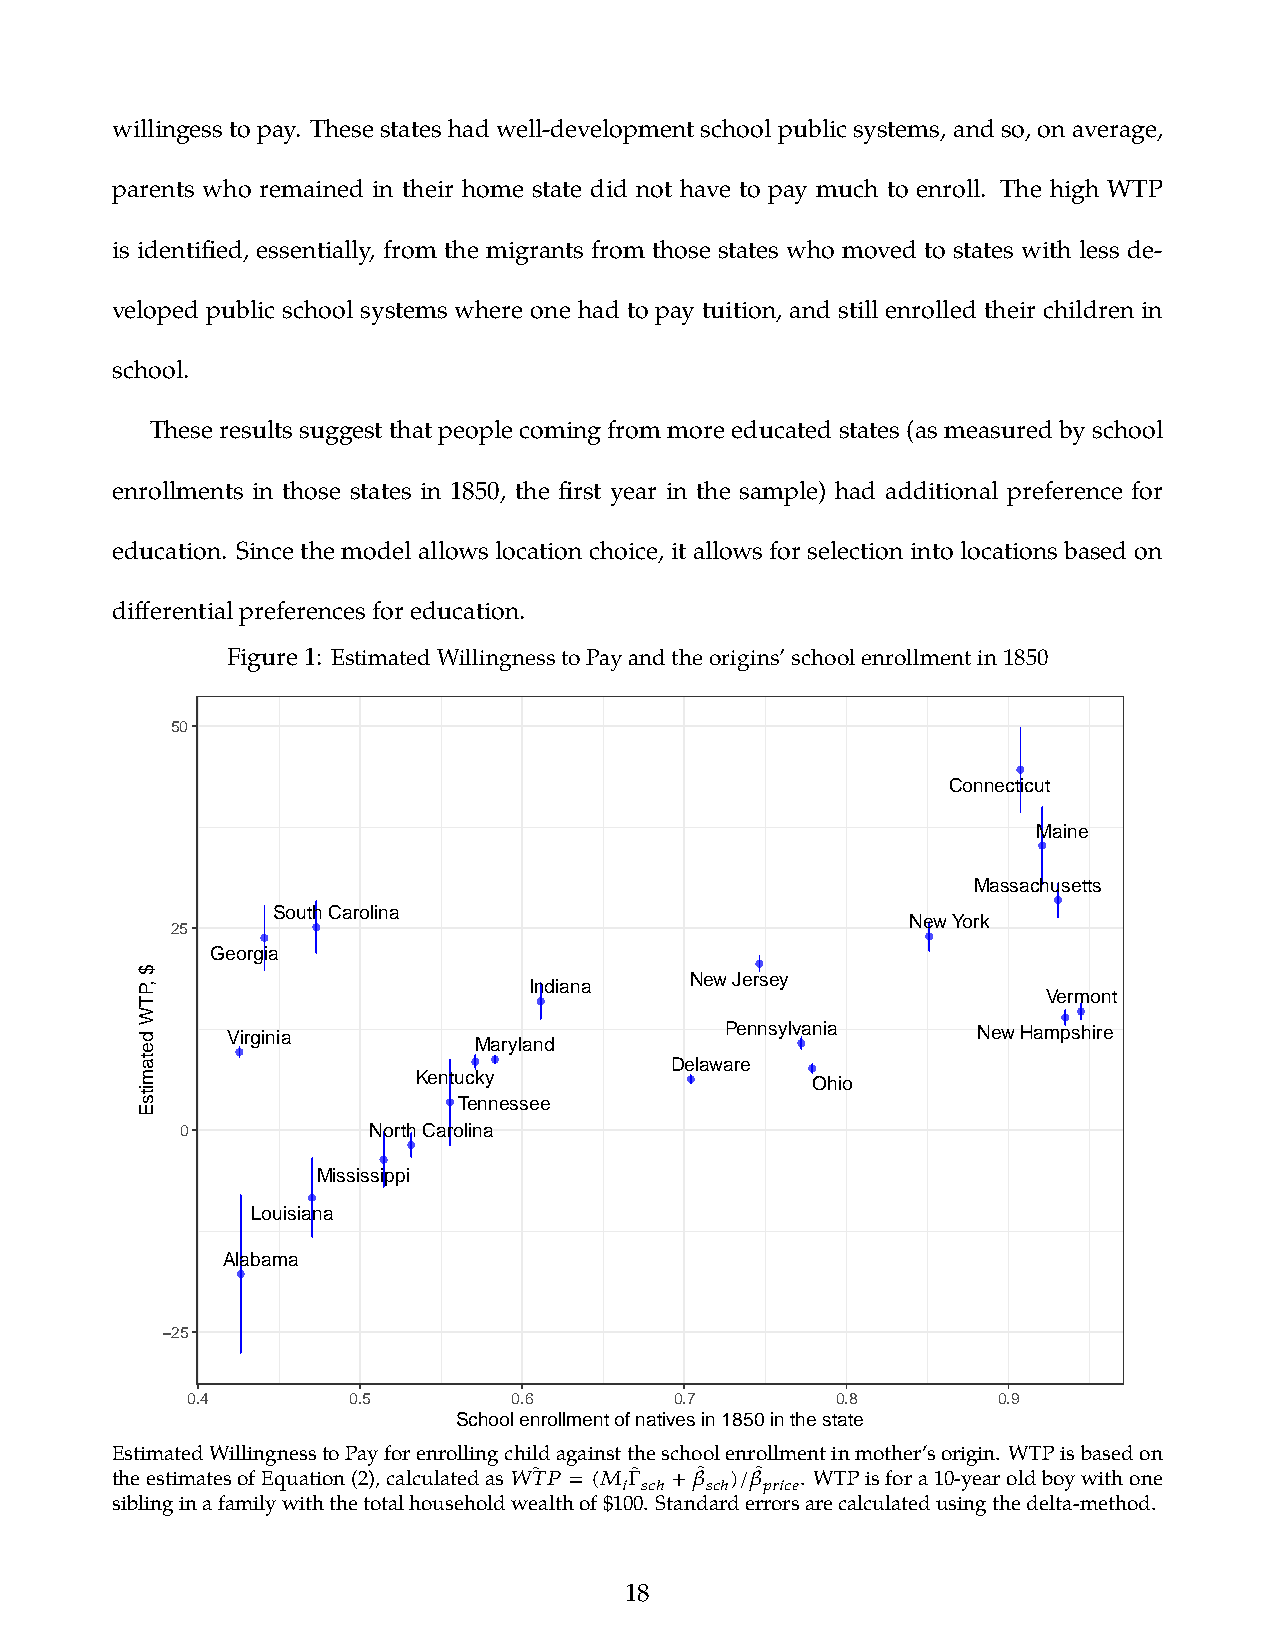
willingessto pay. These states had well-development school public systems, and so, on average,
 parents who remained in their home state did not have to pay much to enroll. The high WTP
 is identified, essentially, from the migrants from those states who moved to states with less de-
 veloped public school systems where one had to pay tuition, and still enrolled their children in
 school.
 Theseresults suggestthat people coming from moreeducated states(as measured byschool
 enrollments in those states in 1850, the first year in the sample) had additional preference for
 education. Since the model allows location choice, it allows for selection into locations based on
 differentialpreferencesforeducation.
 Figure1: EstimatedWillingnesstoPayandtheorigins’schoolenrollmentin1850
 50
 Connecticut
 Maine
 Massachusetts
 South Carolina
 New York
 25
 Georgia
 New Jersey
 Indiana
 Vermont
 Virginia                         Pennsylvania     New Hampshire Maryland
 Delaware
 Kentucky
 Ohio
 Tennessee
 0           North Carolina
 Mississippi
 Louisiana
 Alabama
 −25
 0.4        0.5        0.6        0.7       0.8        0.9
 School enrollment of natives in 1850 in the state
 EstimatedWillingnesstoPayforenrollingchildagainsttheschoolenrollmentinmother’sorigin. WTPisbasedon
 theestimatesofEquation(2),calculatedas𝑊𝑇̂ 𝑃 = (𝑀 Γ̂ +𝛽̂ )/𝛽̂ . WTPisfora10-yearoldboywithone
 𝑖 𝑠𝑐ℎ 𝑠𝑐ℎ 𝑝𝑟𝑖𝑐𝑒
 siblinginafamilywiththetotalhouseholdwealthof$100. Standarderrorsarecalculatedusingthedelta-method.
 18
 $
 ,PTW
 detamitsE